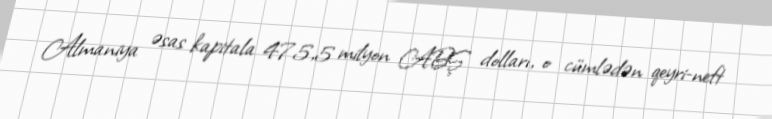
Almaniya əsas kapitala 475,5 milyon ABŞ dolları, o cümlədən qeyri-neft